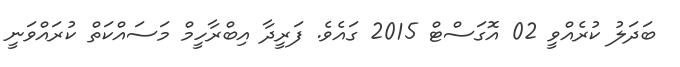
ބަދަލު ކުރެއްވީ 02 އޮގަސްޓް 2015 ގައެވެ. ފަރީދާ އިބްރާހީމް މަސައްކަތް ކުރައްވަނީ